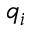
q _ { i }